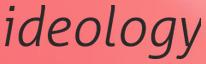
ideology